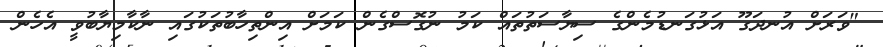
"ވަރަށް އުނދަގޫ އަޅުގަނޑުމެންގެ ސިޔާސަތުތައް ކަމު ނުގޮސްގެން ކަމަށް އިންތިހާބުތަކުގައި ނާކާމިޔާބުވީ އެހެން